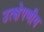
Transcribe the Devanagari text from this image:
उत्क्षेपणीय